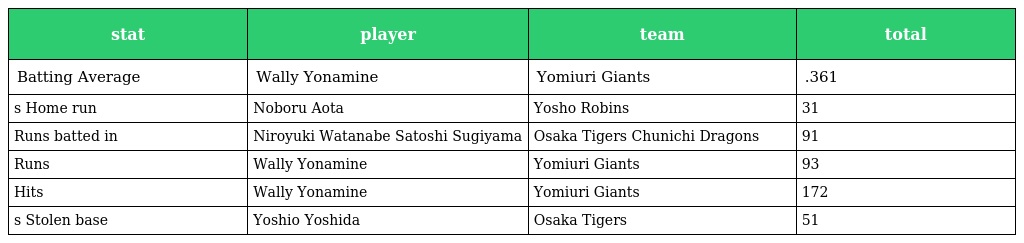
| stat | player | team | total |
 | --- | --- | --- | --- |
 | Batting Average | Wally Yonamine | Yomiuri Giants | .361 |
 | s Home run | Noboru Aota | Yosho Robins | 31 |
 | Runs batted in | Niroyuki Watanabe Satoshi Sugiyama | Osaka Tigers Chunichi Dragons | 91 |
 | Runs | Wally Yonamine | Yomiuri Giants | 93 |
 | Hits | Wally Yonamine | Yomiuri Giants | 172 |
 | s Stolen base | Yoshio Yoshida | Osaka Tigers | 51 |